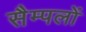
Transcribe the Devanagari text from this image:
सैम्पलों